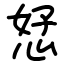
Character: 恏